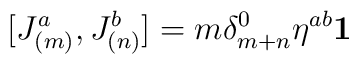
\lbrack J_{(m)}^{a},J_{(n)}^{b}]=m\delta _{m+n}^{0}\eta ^{ab}\mathbf{1}